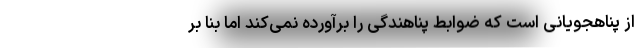
از پناهجویانی است که ضوابط پناهندگی را برآورده نمی‌کند اما بنا بر